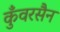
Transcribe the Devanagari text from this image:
कुँवरसैन